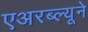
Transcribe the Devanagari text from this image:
एअरब्ल्यूने